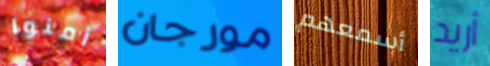
أمنوا مورجان أسمعهم أريد